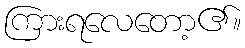
ကြားရလေတော့၏။